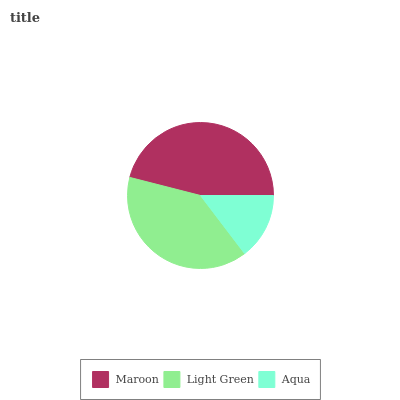
| Maroon | Light Green | Aqua |
 | --- | --- | --- |
 | 46% | 39.3% | 14.7% |